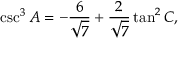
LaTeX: \csc ^ { 3 } A = - { \frac { 6 } { \sqrt { 7 } } } + { \frac { 2 } { \sqrt { 7 } } } \tan ^ { 2 } C ,